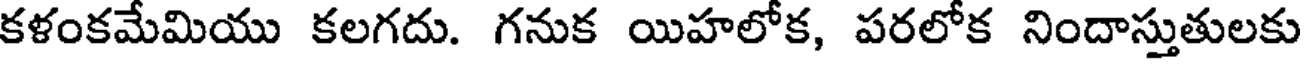
కళంకమేమియు కలగదు. గనుక యిహలోక, పరలోక నిందాస్తుతులకు